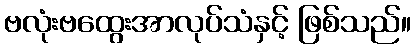
ဗလုံးဗထွေးအာလုပ်သံနှင့် ဖြစ်သည်။